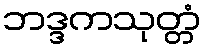
ဘဒ္ဒကသုတ္တံ